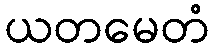
ယတမေတံ